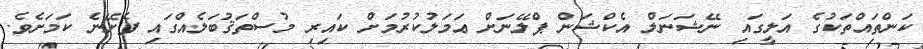
ކަންތައްތަކުގެ އަލީގައި ނޭޝަނަލް އެކްޝަން ޕްލޭނަށް ޢަމަލުކުރުމަށް ކައިރި މުސްތަޤުބަލެއްގައި ފެށޭނެ ކަމަށެވެ.